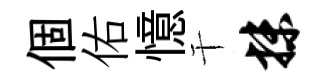
個佑憶干抹